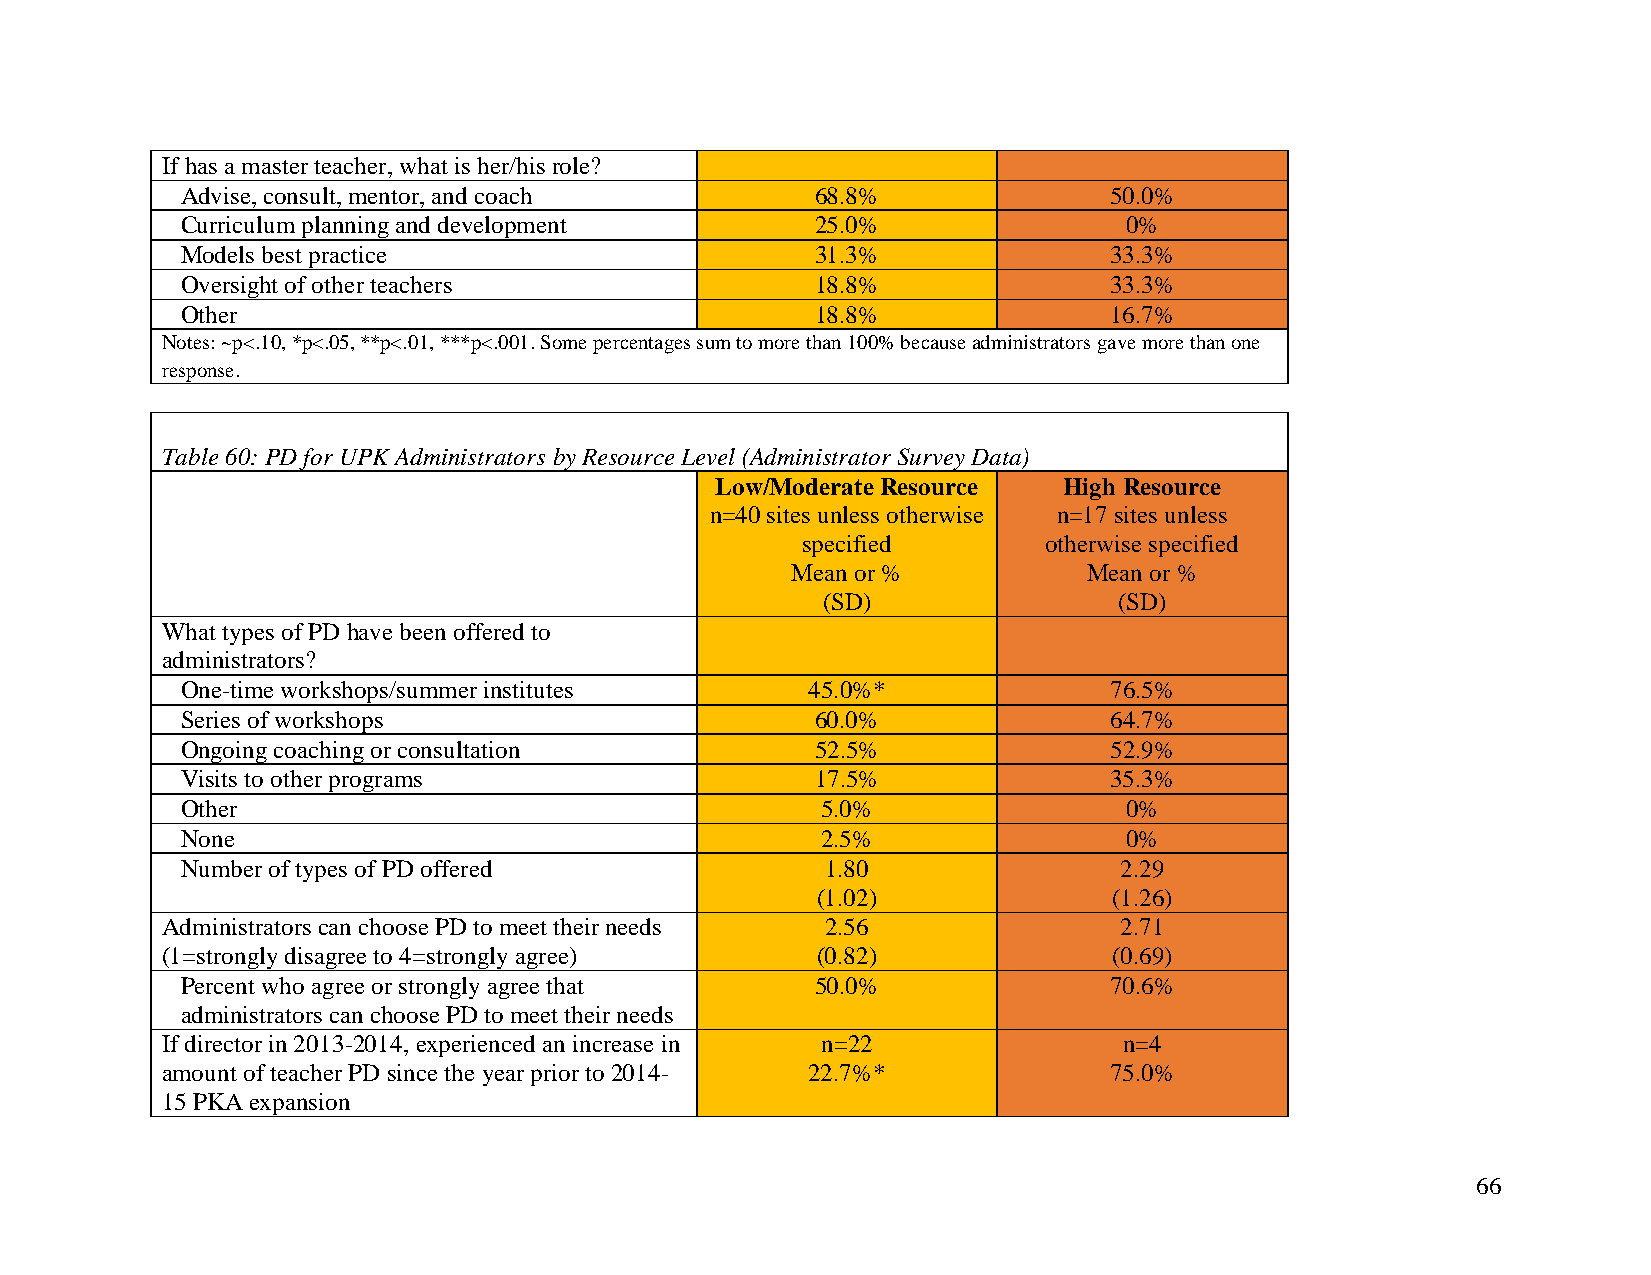
If has a master teacher, what is her/his role?
 Advise, consult, mentor, and coach        68.8%              50.0%
 Curriculum planning and development       25.0%               0%
 Models best practice                      31.3%              33.3%
 Oversight of other teachers               18.8%              33.3%
 Other                                     18.8%              16.7%
 Notes: ~p<.10, *p<.05, **p<.01, ***p<.001. Some percentages sum to more than 100% because administrators gave more than one
 response.
 Table 60: PD for UPK Administrators by Resource Level (Administrator Survey Data)
 Low/Moderate Resource  High Resource
 n=40 sites unless otherwise n=17 sites unless
 specified       otherwise specified
 Mean or %           Mean or %
 (SD)                (SD)
 What types of PD have been offered to
 administrators?
 One-time workshops/summer institutes     45.0%*              76.5%
 Series of workshops                       60.0%              64.7%
 Ongoing coaching or consultation          52.5%              52.9%
 Visits to other programs                  17.5%              35.3%
 Other                                     5.0%                0%
 None                                      2.5%                0%
 Number of types of PD offered              1.80               2.29
 (1.02)              (1.26)
 Administrators can choose PD to meet their needs 2.56          2.71
 (1=strongly disagree to 4=strongly agree)  (0.82)              (0.69)
 Percent who agree or strongly agree that  50.0%              70.6%
 administrators can choose PD to meet their needs
 If director in 2013-2014, experienced an increase in n=22      n=4
 amount of teacher PD since the year prior to 2014- 22.7%*     75.0%
 15 PKA expansion
 66